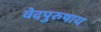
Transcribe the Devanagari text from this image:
वेदपुरुषाय